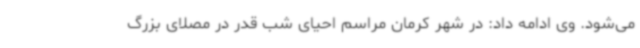
می‌شود. وی ادامه داد: در شهر کرمان مراسم احیای شب قدر در مصلای بزرگ